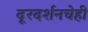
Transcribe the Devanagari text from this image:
दूरदर्शनचेही